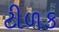
ટીળક